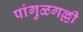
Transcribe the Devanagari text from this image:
पांगुळगल्ली